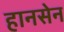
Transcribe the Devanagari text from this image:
हानसेन